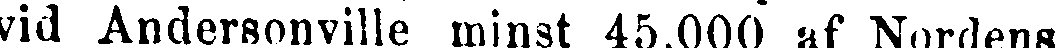
vid Andersonville minst 45,000 af Nordens